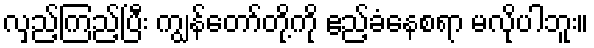
လှည့်ကြည့်ပြီး ကျွန်တော်တို့ကို ဧည့်ခံနေစရာ မလိုပါဘူး။